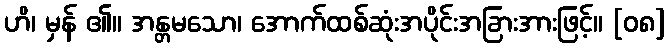
ဟိ၊ မှန် ၏။ အန္တမသော၊ အောက်ထစ်ဆုံးအပိုင်းအခြားအားဖြင့်။ [၀၈]